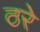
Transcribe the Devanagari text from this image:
ठरे